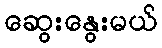
ဆွေးနွေးမယ်